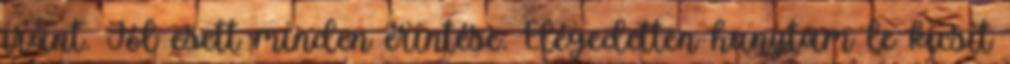
iránt. Jól esett minden érintése. Elégedetten hunytam le kicsit